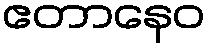
ဧတာနေဝ